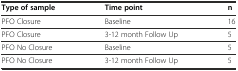
<table><thead><tr><td><b>Type of sample</b></td><td><b>Time point</b></td><td><b>n</b></td></tr></thead><tbody><tr><td>PFO Closure</td><td>Baseline</td><td>16</td></tr><tr><td>PFO Closure</td><td>3-12 month Follow Up</td><td>5</td></tr><tr><td>PFO No Closure</td><td>Baseline</td><td>5</td></tr><tr><td>PFO No Closure</td><td>3-12 month Follow Up</td><td>5</td></tr></tbody></table>